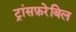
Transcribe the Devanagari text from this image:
ट्रांसफ़रेबिल